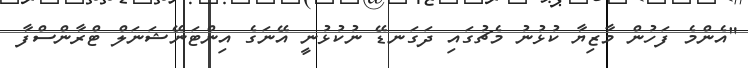
"އެންމެ ފަހުން މާޒިޔާ ކުޅުނު މެޗުގައި ދަގަނޑޭ ނުކުޅުނީ އޭނަގެ އިންޓަނޭޝަނަލް ޓްރާންސްފާ